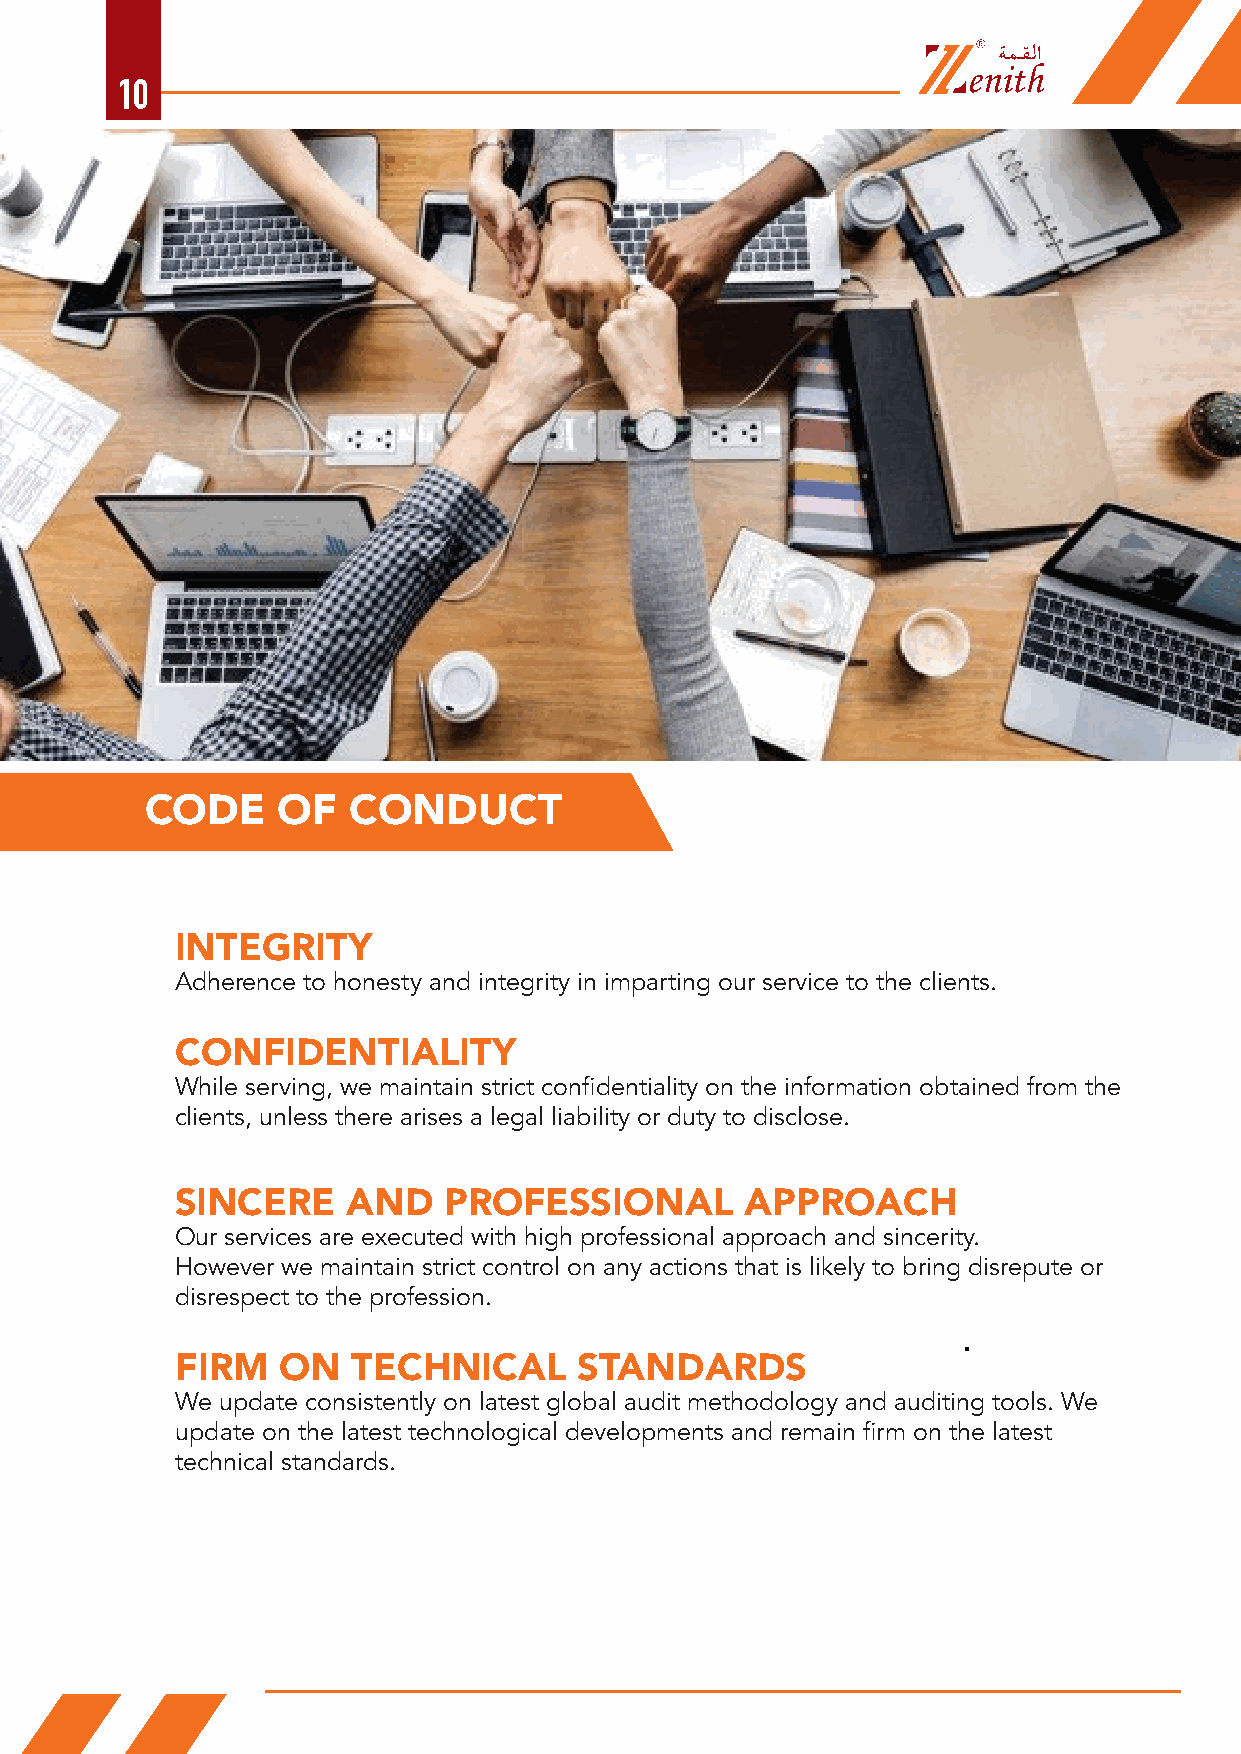
10
 CODE    OF   CONDUCT
 INTEGRITY
 Adherence to honesty and integrity in imparting our service to the clients.
 CONFIDENTIALITY
 While serving, we maintain strict confidentiality on the information obtained from the
 clients, unless there arises a legal liability or duty to disclose.
 SINCERE    AND   PROFESSIONAL        APPROACH
 Our services are executed with high professional approach and sincerity.
 However we maintain strict control on any actions that is likely to bring disrepute or
 disrespect to the profession.
 FIRM  ON   TECHNICAL      STANDARDS
 We update consistently on latest global audit methodology and auditing tools. We
 update on the latest technological developments and remain firm on the latest
 technical standards.